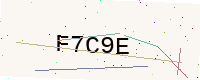
Text: F7C9E